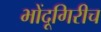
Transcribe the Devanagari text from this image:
भोंदूगिरीच